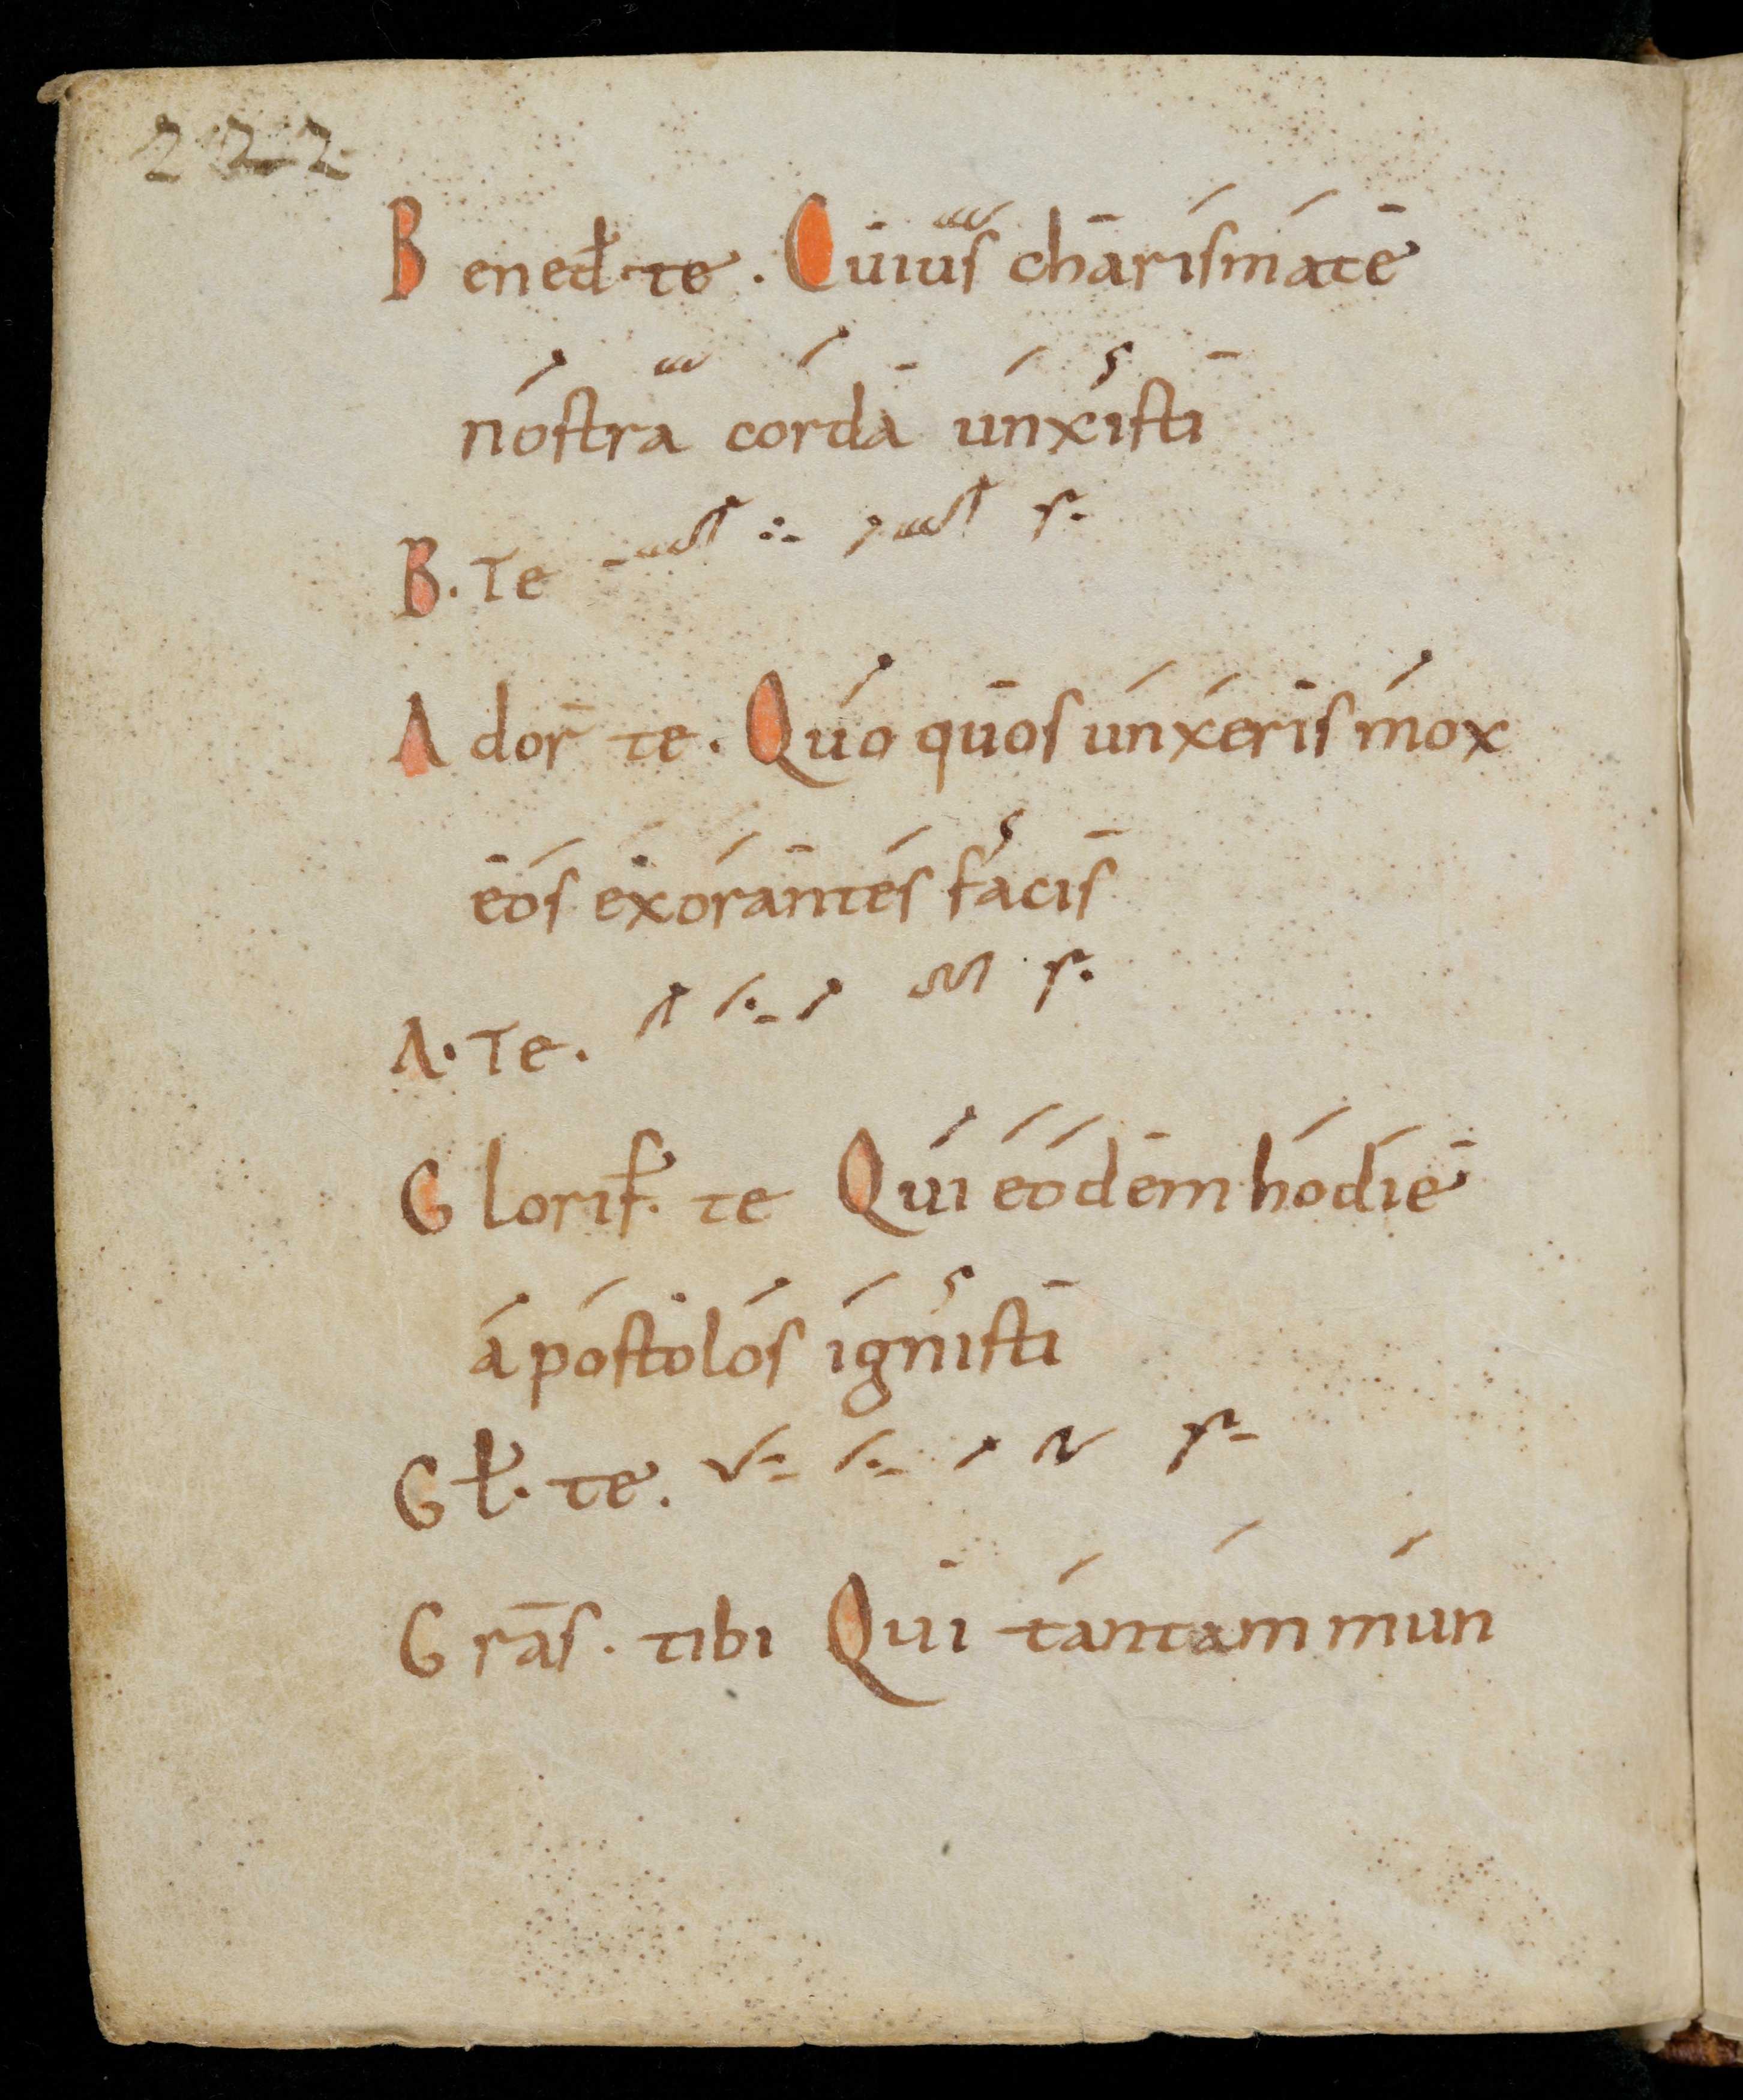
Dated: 900–999